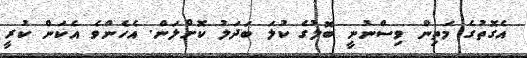
އެގޮތުގެ މަތިން ވިސްނުނީ ބޮލުގެ ކުލަ ބަދަލު ކޮށްލަން. އެހެންވެ އެކަން ކުރީ